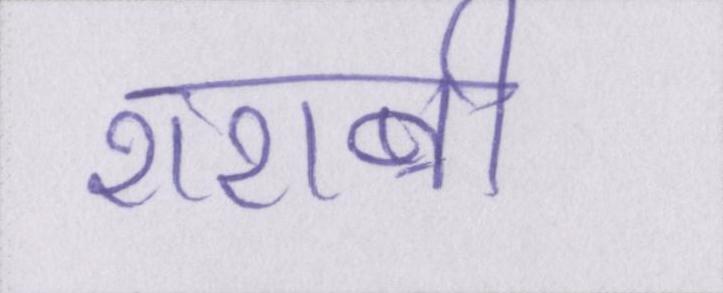
शराबी